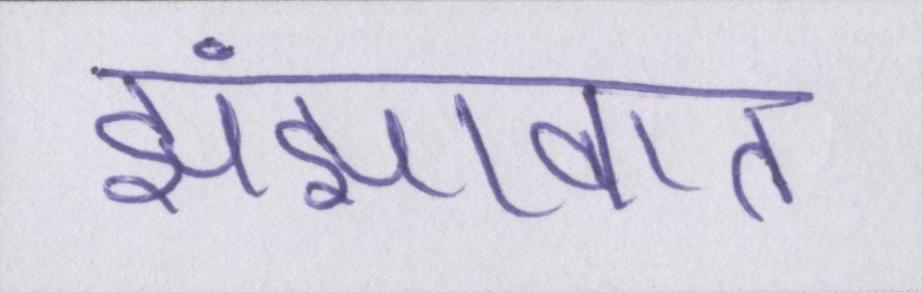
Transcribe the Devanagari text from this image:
झंझावात